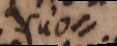
suo